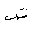
Letter: _dad